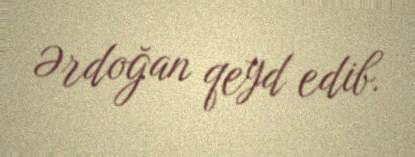
Ərdoğan qeyd edib.